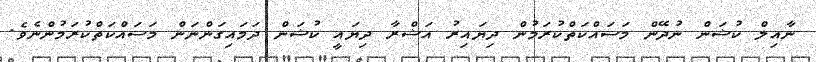
ނާއިލް ކުޝަން ނުދޭން މަސައްކަތްކުރަމުން ދިޔައިރު އަޝްރާ ދިޔައީ ކުޝަން ދަމައިގަންނަން މަސައްކަތްކުރަމުންނެވެ.